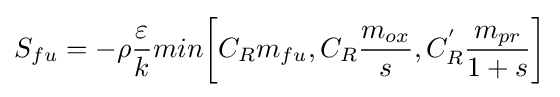
{S_{fu}=-\rho {\frac {\varepsilon }{k}}min{\biggl [}C_{R}m_{fu},C_{R}{\frac {m_{ox}}{s}},C_{R}^{'}{\frac {m_{pr}}{1+s}}{\biggr ]}}